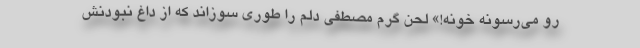
رو می‌رسونه خونه!» لحن گرم مصطفی دلم را طوری سوزاند که از داغ نبودنش